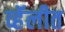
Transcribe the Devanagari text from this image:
व्हॅलीत